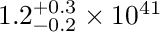
1 . 2 _ { - 0 . 2 } ^ { + 0 . 3 } \times 1 0 ^ { 4 1 }